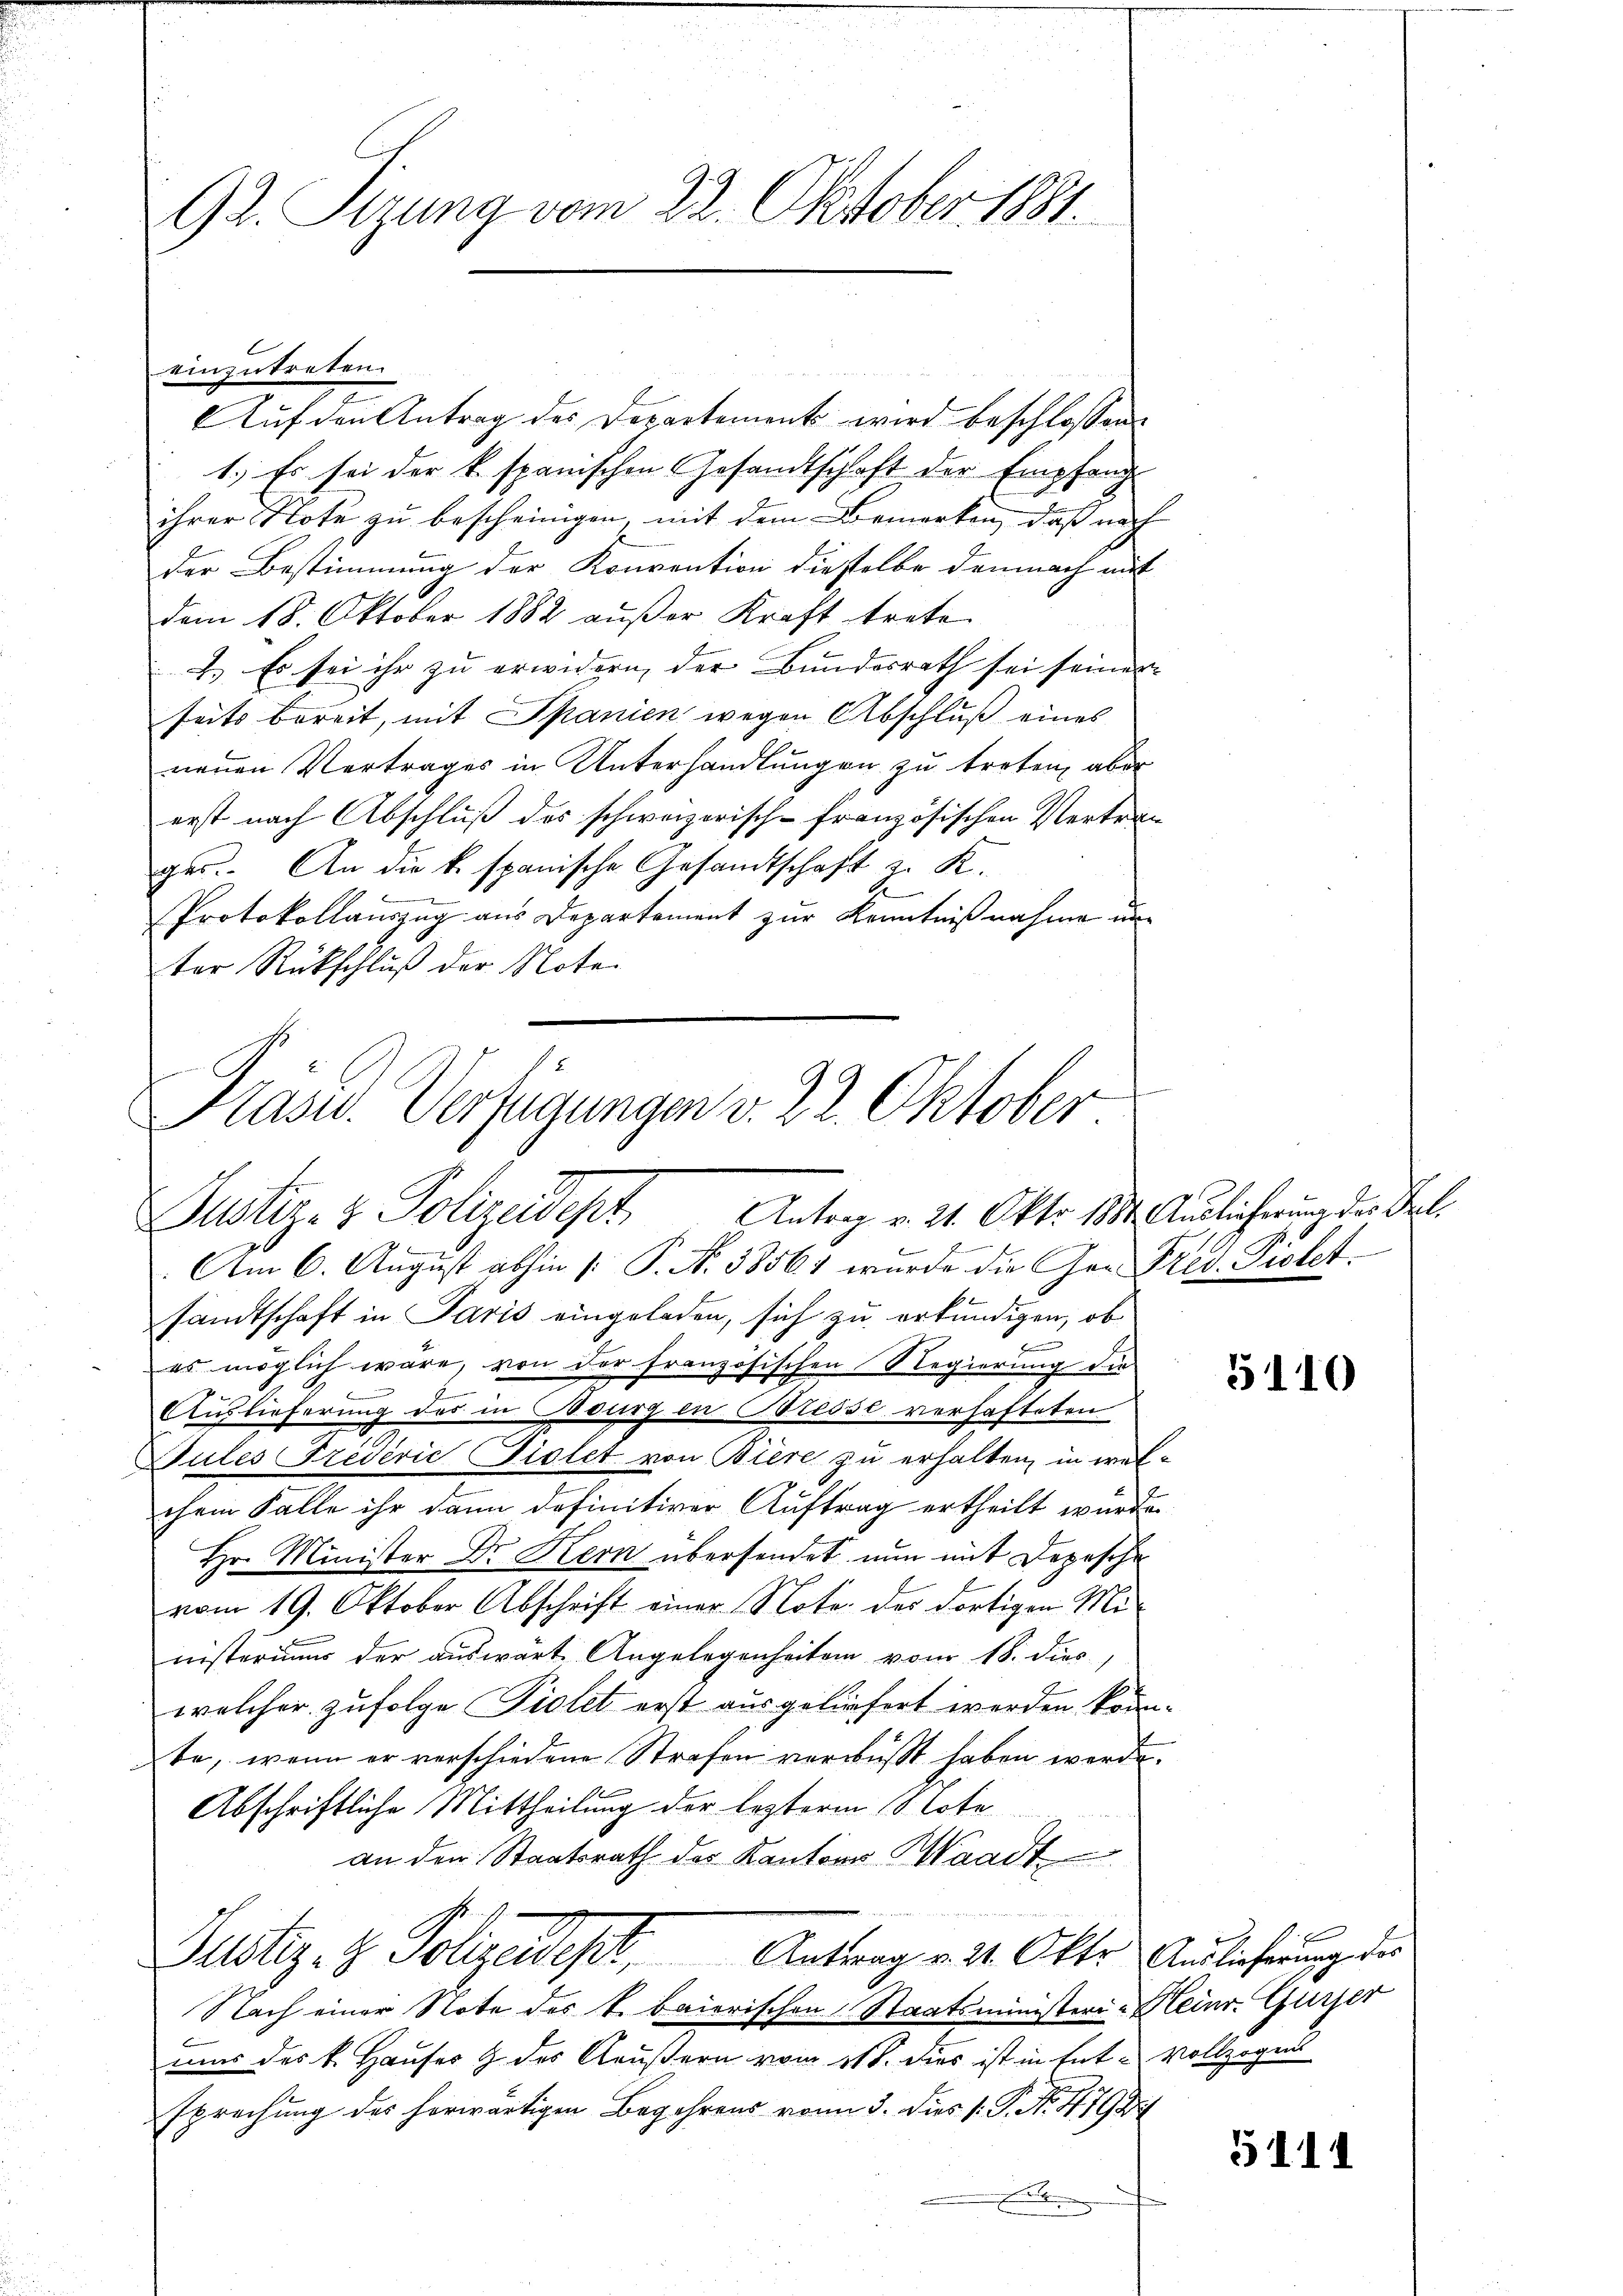
einzutreten.
Auf den Antrag des Departement wird beschlossene
1.) Es sei der k. spanischen Gesandtschaft der Empfang
ihrer Note zu bescheinigen, mit dem Bemerken, daß nach
der Bestimmung der Konvention dieselbe demnach mit
dem 18. Oktober 1882 außer Kraft trete
2.) Es sei ihr zu erwidern, der Bundesrath sei seiner
seits bereit, mit Spanien wegen Abschluß eines
neŭen Vertrages in Unterhandlŭngen zu treten, aber
erst nach Abschluß des schweizerisch-französischen Vertren
ger. An die k. spanische Gesandtschaft 2. K.
E.
Protokollauszug aus Departement zur Kenntnißnahme unter Rückschluß der Note¬

92. Sizung vom 22. Oktober 1881.

Präsid. Verfügungen v. 22. Oktober.
Justiz- & Polizeidept, Antrag v. 24. Okto. 1. Auslicherung der Frl.

Am 6. August abhin /: P. Nr. 38561 wurde die Ger Fred. Prolet
samtschaft in Paris eingeladen, sich zu erkundigen, ob
es möglich wäre, von der französischen Regierung die
Auslieferung des in Bourg in Bresse verhafteten
Sules Fredević Piolet von Biere zu erhalten, in welchem Falle ihr dann definitiver Auftrag ertheilt wurde.
Hr. Minister Dr. Kern übersendet nun mit Depesche
vom 19. Oktober Abschrift einer Note der dortigen Mi-
nisterium der auswärte Angelegenheiten vom 18. dies
welcher zufolge Piolet erst ausgeliefert werden könnte, wenn er verschiedene Strafen verwußt haben worden.
Abschriftliche Mittheilung der lezterm Note
an den Staatsrath des Kantons Waadt
is Entreten
Justiz- & Polizeidept, Antrag v. 24. Okto Auslicherung der
Nach einer Note des k. baierischen Staatsministeri-Heinr. Gurser
mar des k. Hauses & des Aeußern vom 11t. dies ist in Entvollzogen
sprechung des herwärtigen Begehrens von 3. dies /: P. Nr. 4798
.

5110

5111